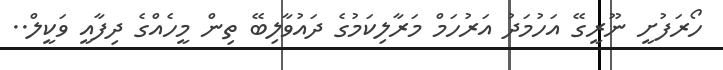
ހޯރަފުށީ ނޫރީގޭ އަހުމަދު އަރުހަމް މަރާލިކަމުގެ ދައުވާލިބޭ ތިން މީހެއްގެ ދިފާއީ ވަކީލް..